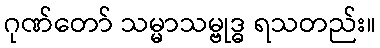
ဂုဏ်တော် သမ္မာသမ္ဗုဒ္ဓ ရသတည်း။